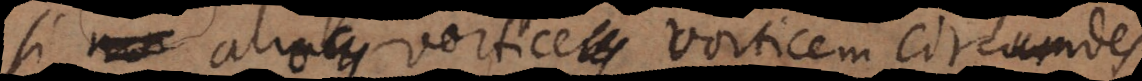
si alio vortice vorticem circumdes